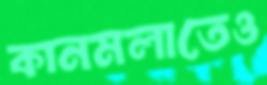
কানমলাতেও